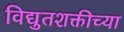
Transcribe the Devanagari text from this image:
विद्युतशक्तीच्या